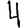
Digit: 4